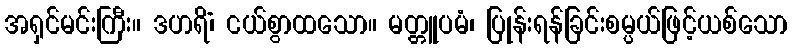
အရှင်မင်းကြီး။ ဒဟရိံ၊ ငယ်စွာထသော။ မတ္တူပမံ၊ ပြုန်းရန်ခြင်းစမ္ပယ်ဖြင့်ယစ်သော